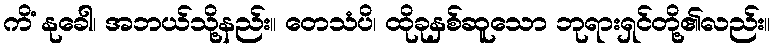
ကိံ နုခေါ၊ အဘယ်သို့နည်း။ တေသံပိ၊ ထိုခုနှစ်ဆူသော ဘုရားရှင်တို့၏လည်း။